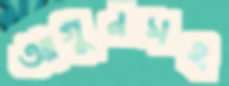
আগুনসহ